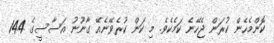
ކޮންމެހެން ކުރަން ޖެހޭނެ ކަމެކެވެ. މި ކަން ކުރެވޭނެއޭ ގާނޫނު އަަސާސީގެ 144